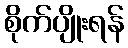
စိုက်ပျိုးရန်